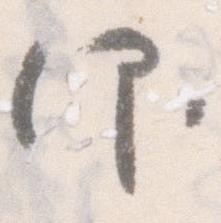
仰